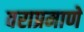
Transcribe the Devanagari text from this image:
वराप्रमाणे